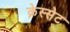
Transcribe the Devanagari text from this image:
क्नेस्सेट